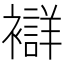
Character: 𧞆